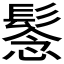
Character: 𩭮